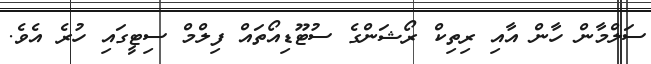
ސަލްމާން ހާން އާއި ރިތިކް ރޯޝަންގެ ސުޓޫޑިއޯތައް ފިލްމް ސިޓީގައި ހުރެ އެވެ.